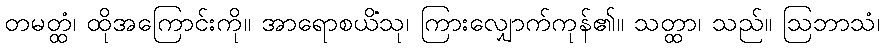
တမတ္ထံ၊ ထိုအကြောင်းကို။ အာရောစယိံသု၊ ကြားလျှောက်ကုန်၏။ သတ္ထာ၊ သည်။ ဩဘာသံ၊